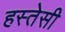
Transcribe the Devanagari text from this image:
हस्तेसी